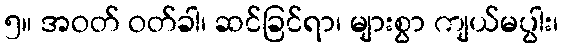
၅။ အဝတ် ဝတ်ခါ၊ ဆင်ခြင်ရာ၊ များစွာ ကျယ်မပွါး၊